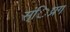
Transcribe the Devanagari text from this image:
स्ंिप्रग